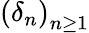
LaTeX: \left(\delta_{n}\right)_{n\geq 1}